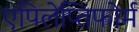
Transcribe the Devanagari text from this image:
एपिलेप्तिफोर्म